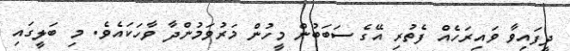
ދީފައިވާ ވައިރަހެއް ފެތުރި އޭގެ ސަބަބުން މީހުން މަރުވަމުންދާ ވާހަކައެވެ. މި ބަލީގައި